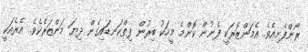
ރޯންފެށިއެވެ. އެމަންޒަރަކީ ފެނުން ކޮންމެ މީހަކު ބިރުން ފިތްކަނޑައިގެން ދިޔަ މަންޒަރެކެވެ. އެރެއަކީ